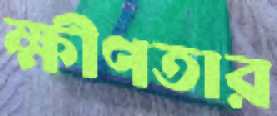
ক্ষীণতার